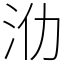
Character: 𣲒